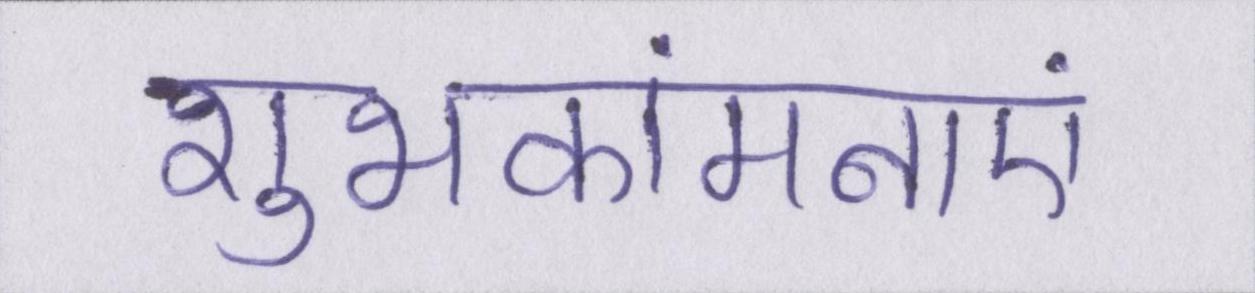
शुभकांमनाएं